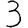
Digit: 3